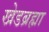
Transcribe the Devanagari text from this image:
खेडब्रह्मा